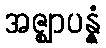
အဇ္ဈာပန္နံ